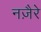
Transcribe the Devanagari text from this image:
नज़ैरे